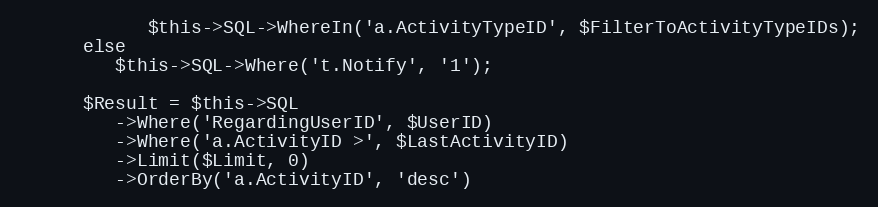
Language: PHP
			$this->SQL->WhereIn('a.ActivityTypeID', $FilterToActivityTypeIDs);
      else
         $this->SQL->Where('t.Notify', '1');

      $Result = $this->SQL
         ->Where('RegardingUserID', $UserID)
         ->Where('a.ActivityID >', $LastActivityID)
         ->Limit($Limit, 0)
         ->OrderBy('a.ActivityID', 'desc')